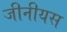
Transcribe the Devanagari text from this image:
जीनीयस